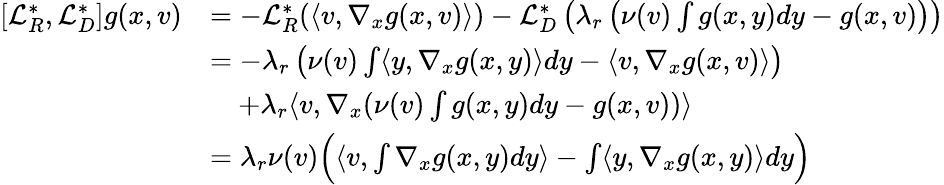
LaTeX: \begin{array}{rl}{[\mathcal{L}_{R}^{*},\mathcal{L}_{D}^{*}]g(x,v)}&{=-\mathcal{L}_{R}^{*}(\langle v,\nabla_{x}g(x,v)\rangle)-\mathcal{L}_{D}^{*}\left(\lambda_{r}\left(\nu(v)\int g(x,y)dy-g(x,v)\right)\right)}\\ &{=-\lambda_{r}\left(\nu(v)\int\langle y,\nabla_{x}g(x,y)\rangle dy-\langle v,\nabla_{x}g(x,v)\rangle\right)}\\ &{\quad+\lambda_{r}\langle v,\nabla_{x}(\nu(v)\int g(x,y)dy-g(x,v))\rangle}\\ &{=\lambda_{r}\nu(v)\Big(\langle v,\int\nabla_{x}g(x,y)dy\rangle-\int\langle y,\nabla_{x}g(x,y)\rangle dy\Big)}\end{array}